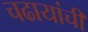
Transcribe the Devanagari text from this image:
चढायांची